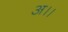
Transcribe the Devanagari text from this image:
अ।।